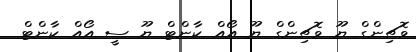
ވޮޗިންގް ޔޫ ވޮޗިންގް ޔޫ އޯއް ކާންޓް ޔޫ ސީ އޯއް ކާންޓް